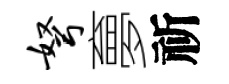
弩夣祈